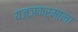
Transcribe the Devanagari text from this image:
यज्ञकर्माला